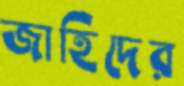
জাহিদের